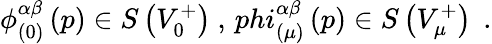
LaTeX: \phi_{(0)}^{\alpha\beta}\left(p\right)\in S\left(V_{0}^{+}\right)\ ,\, phi_{(\mu)}^{\alpha\beta}\left(p\right)\in S\left(V_{\mu}^{+}\right)\; \, .